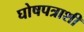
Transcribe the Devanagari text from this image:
घोषपत्राशी